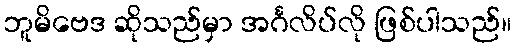
ဘူမိဗေဒ ဆိုသည်မှာ အင်္ဂလိပ်လို ဖြစ်ပါသည်။